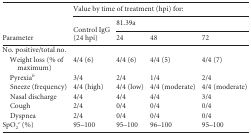
<table><thead><tr><td rowspan="3"><b>Parameter</b></td><td colspan="4"><b>Value by time of treatment (hpi) for:</b></td></tr><tr><td rowspan="2"><b>Control IgG (24 hpi)</b></td><td colspan="3"><b>81.39a</b></td></tr><tr><td><b>24</b></td><td><b>48</b></td><td><b>72</b></td></tr></thead><tbody><tr><td>No. positive/total no.</td><td>[EMPTY_CELL]</td><td>[EMPTY_CELL]</td><td>[EMPTY_CELL]</td><td>[EMPTY_CELL]</td></tr><tr><td>Weight loss (% of maximum)</td><td>4/4 (6)</td><td>4/4 (6)</td><td>4/4 (5)</td><td>4/4 (7)</td></tr><tr><td>Pyrexia<sup><i>b</i></sup></td><td>3/4</td><td>2/4</td><td>1/4</td><td>2/4</td></tr><tr><td>Sneeze (frequency)</td><td>4/4 (high)</td><td>4/4 (low)</td><td>4/4 (moderate)</td><td>4/4 (moderate)</td></tr><tr><td>Nasal discharge</td><td>4/4</td><td>4/4</td><td>4/4</td><td>3/4</td></tr><tr><td>Cough</td><td>2/4</td><td>0/4</td><td>0/4</td><td>0/4</td></tr><tr><td>Dyspnea</td><td>2/4</td><td>0/4</td><td>0/4</td><td>0/4</td></tr><tr><td>SpO<sub>2</sub><sup><i>c</i></sup> (%)</td><td>95–100</td><td>95–100</td><td>96–100</td><td>95–100</td></tr></tbody></table>